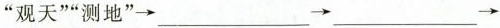
“观天”“测地”→___→___→